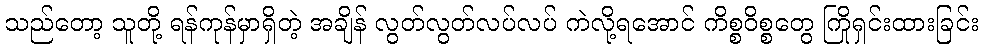
သည်တော့ သူတို့ ရန်ကုန်မှာရှိတဲ့ အချိန် လွတ်လွတ်လပ်လပ် ကဲလို့ရအောင် ကိစ္စဝိစ္စတွေ ကြိုရှင်းထားခြင်း